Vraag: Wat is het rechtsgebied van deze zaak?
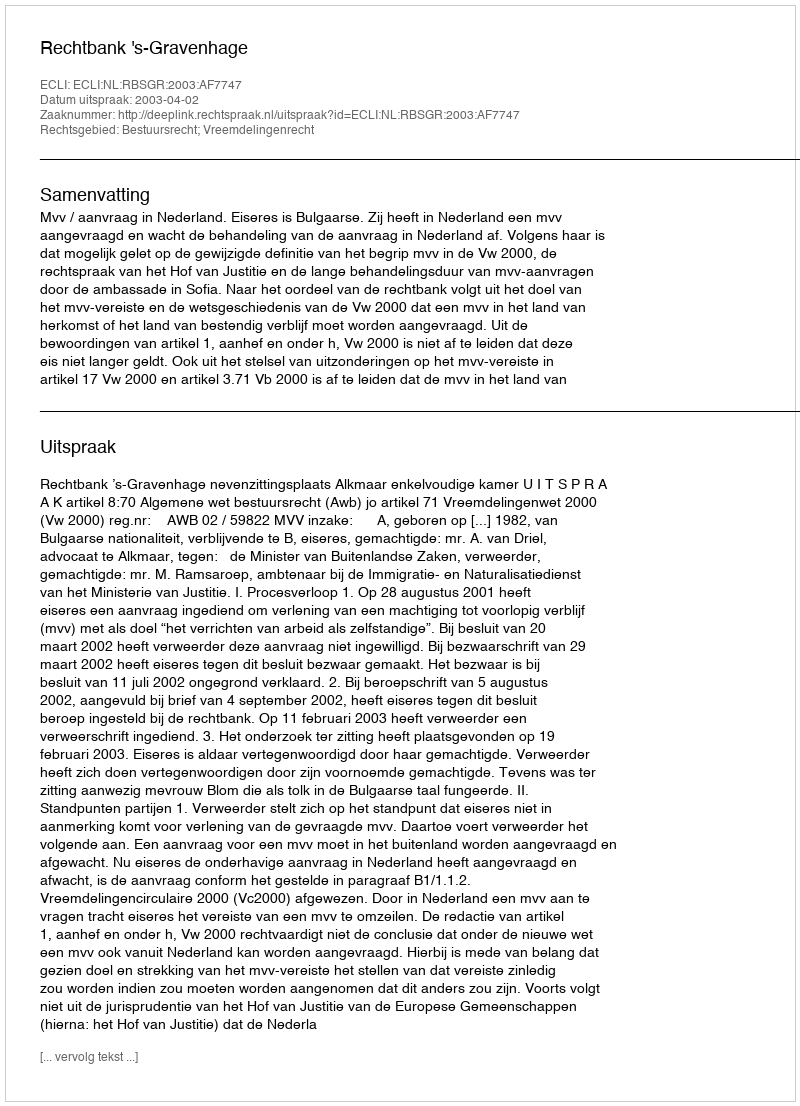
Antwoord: Bestuursrecht; Vreemdelingenrecht